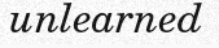
unlearned